Investigations on Bengal jail dietaries - Number 37
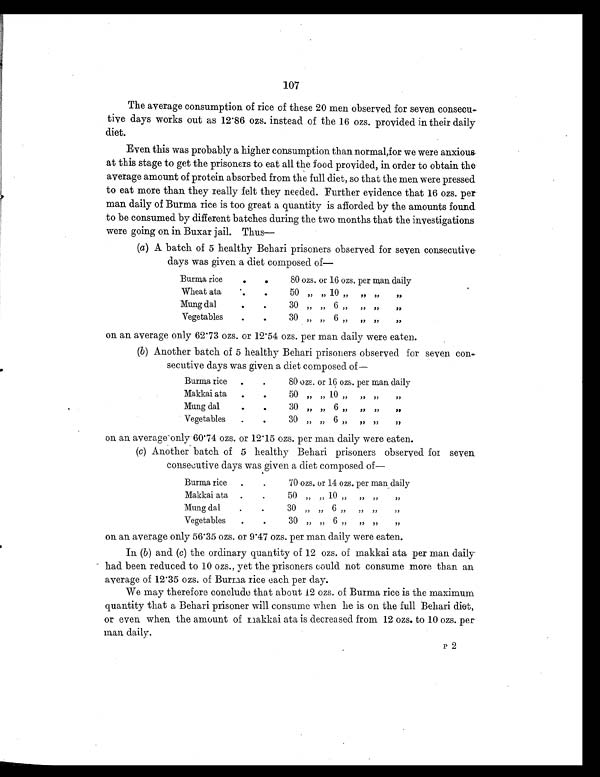
107
The average consumption of rice of these 20 men observed for seven consecu-
tive days works out as 12.86 ozs. instead of the 16 ozs. provided in their daily
diet.
Even this was probably a higher consumption than normal, for we were anxious
at this stage to get the prisoners to eat all the food provided, in order to obtain the
average amount of protein absorbed from the full diet, so that the men were pressed
to eat more than they really felt they needed. Further evidence that 16 ozs. per
man daily of Burma rice is too great a quantity is afforded by the amounts found
to be consumed by different batches during the two months that the investigations
were going on in Buxar jail. Thus—
(a) A batch of 5 healthy Behari prisoners observed for seven consecutive
days was given a diet composed of—
Burma rice
.
.
80 ozs. or 16 ozs. per man daily
Wheat ata
.
.
50 „ „ 10 „ „ „ „
Mung dal
.
.
30
„
„
6 „ „ „ „
Vegetable
.
.
30
„ „ 6 „ „ „ „
on an average only 62.73 ozs. or 12.54 ozs. per man daily were eaten.
(b) Another batch of 5 healthy Behari prisoners observed for seven con-
secutive days was given a diet composed of—
Burma rice
.
. 80 ozs. or 16 ozs. per man daily
Makkai ata
.
.
50
„
„ 10 „ „ „ „
Mung dal
.
.
30 „
„
6 „ „ „ „
Vegetables
.
.
30
„ „ 6 „ „ „ „
on an average only 60.74 ozs. or 12.15 ozs. per man daily were eaten.
(c) Another batch of 5 healthy Behari prisoners observed for seven
consecutive days was given a diet composed of—
Burma rice
.
.
70 ozs. or 14 ozs. per man daily
Makkai ata
.
.
50 „ „ 10 „ „ „ „
Mung dal
.
.
30 „
„ 6 „ „ „ „
Vegetables
.
.
30
„
„ 6 „ „ „ „
on an average only 56.35 ozs. or 9.47 ozs. per man daily were eaten.
In (b) and (c) the ordinary quantity of 12 ozs. of makkai ata per man daily
had been reduced to 10 ozs., yet the prisoners could not consume more than an
average of 12.35 ozs. of Burma rice each per day.
We may therefore conclude that about 12 ozs. of Burma rice is the maximum
quantity that a Behari prisoner will consume when he is on the full Behari diet,
or even when the amount of makkai ata is decreased from 12 ozs. to 10 ozs. per
man daily.
P 2